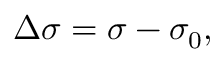
\Delta \sigma = \sigma - \sigma _ { 0 } ,